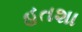
હતશા